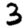
Digit: 3